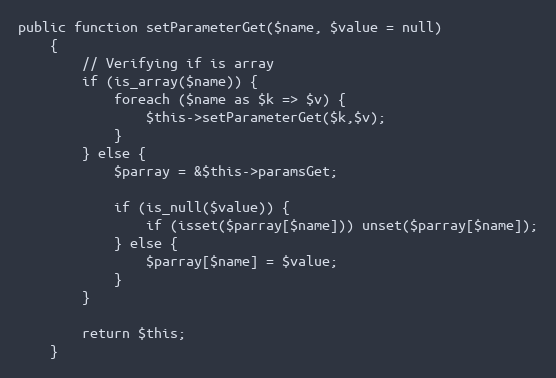
Language: PHP
public function setParameterGet($name, $value = null)
	{
		// Verifying if is array
		if (is_array($name)) {
			foreach ($name as $k => $v) {
				$this->setParameterGet($k,$v);
			}
		} else {
			$parray = &$this->paramsGet;

			if (is_null($value)) {
				if (isset($parray[$name])) unset($parray[$name]);
			} else {
				$parray[$name] = $value;
			}
		}

		return $this;
	}